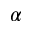
\alpha